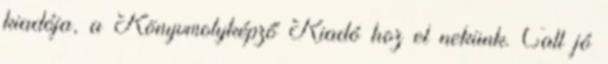
kiadója, a Könyvmolyképző Kiadó hoz el nekünk. Call jó